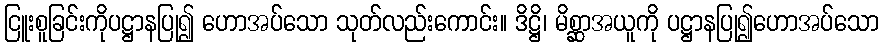
ငြူးစူခြင်းကိုပဋ္ဌာနပြု၍ ဟောအပ်သော သုတ်လည်းကောင်း။ ဒိဋ္ဌိ၊ မိစ္ဆာအယူကို ပဋ္ဌာနပြု၍ဟောအပ်သော